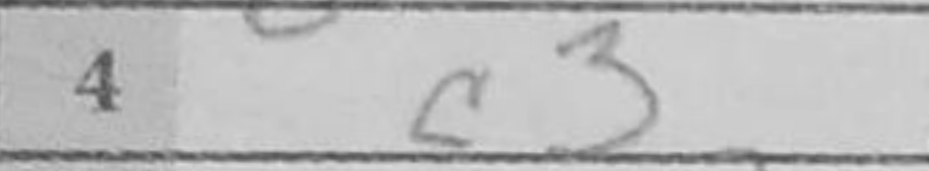
Transcription: c3